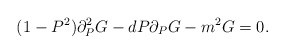
\begin{align*}(1 - P^2) \partial_P^2 G - d P \partial_P G - m^2 G = 0.\end{align*}